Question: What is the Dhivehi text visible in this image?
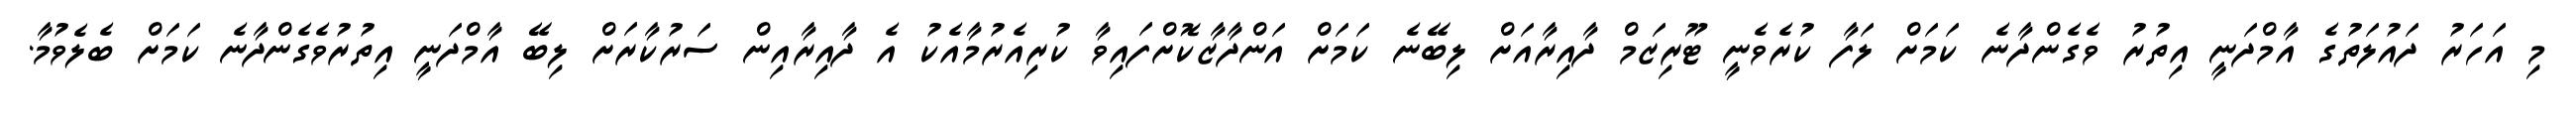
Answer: މި އަހަރު ދައުލަތުގެ އާމްދަނީ އިތުރު ވެގެންދާނެ ކަމަށް ލަފާ ކުރެވެނީ ޓޫރިޒަމް ދާއިރާއަށް ލިބޭނެ ކަމަށް އަންދާޒާކޮށްފައިވާ ކުރިއެރުމާއެކު އެ ދާއިރާއިން ސަރުކާރަށް ލިބޭ އާމްދަނީ އިތުރުވެގެންދާނެ ކަމަށް ބެލެވުމާ.